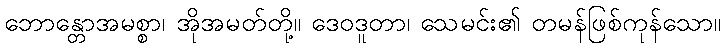
ဘောန္တောအမစ္စာ၊ အိုအမတ်တို့။ ဒေဝဒူတာ၊ သေမင်း၏ တမန်ဖြစ်ကုန်သော။